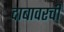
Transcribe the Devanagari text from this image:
दाबावरची